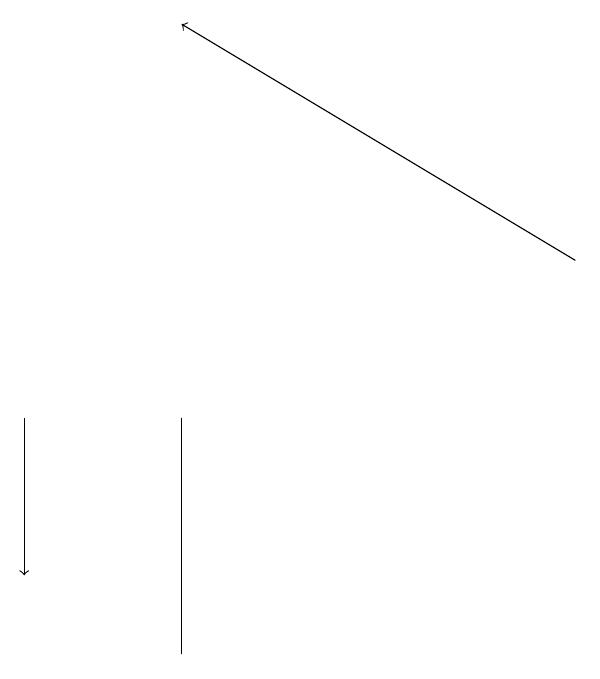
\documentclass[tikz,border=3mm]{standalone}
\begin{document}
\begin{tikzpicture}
\draw[->] (2,13) -- (2,11);
\draw (4,10) rectangle (4,13);
\draw[->] (9,15) -- (4,18);
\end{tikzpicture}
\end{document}